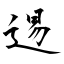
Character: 逷